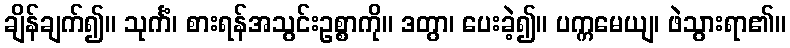
ချိန်ချက်၍။ သုင်္ကံ၊ စားရန်အသွင်းဥစ္စာကို။ ဒတွာ၊ ပေးခဲ့၍။ ပက္ကမေယျ၊ ဖဲသွားရာ၏။